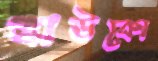
খাউকো